Report of the Indian Hemp Drugs Commission, 1894-1895 - Volume V
Year: 1894
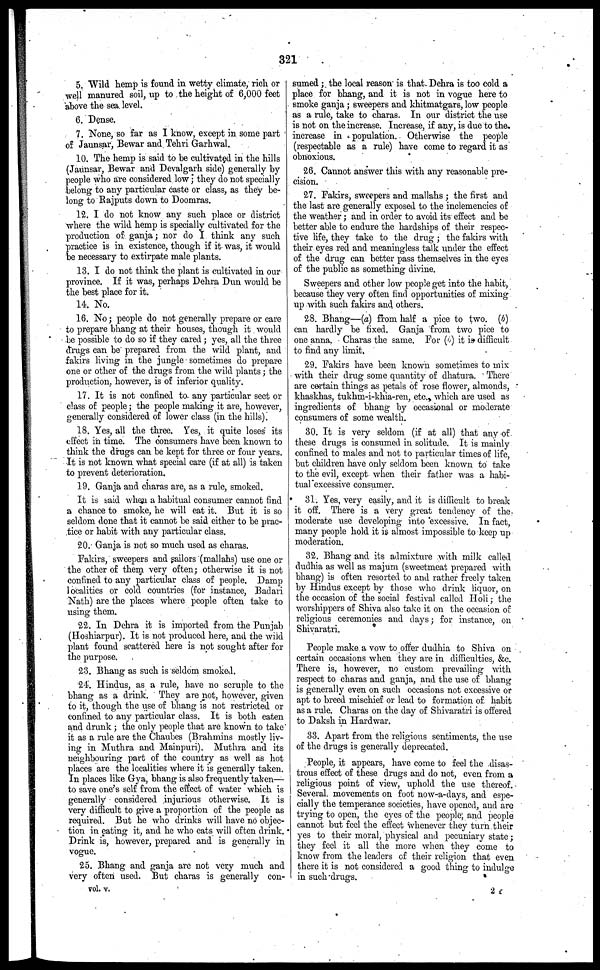
321
5. Wild hemp is found in wetty climate, rich or
well manured soil, up to the height of 6,000 feet
above the sea level.
6. Dense.
7. None, so far as I know, except in some part
of Jaunsar, Bewar and Tehri Garhwal.
10. The hemp is said to be cultivated in the hills
(Jaunsar, Bewar and Devalgarh side) generally by
people who are considered low; they do not specially
belong to any particular caste or class, as they be-
long to Rajputs down to Doomras.
12. I do not know any such place or district
where the wild hemp is specially cultivated for the
production of ganja; nor do I think any such
practice is in existence, though if it was, it would
be necessary to extirpate male plants.
13. I do not think the plant is cultivated in our
province. If it was, perhaps Dehra Dun would be
the best place for it.
14. No.
16. No; people do not generally prepare or care
to prepare bhang at their houses, though it would
be possible to do so if they cared; yes, all the three
drugs can be prepared from the wild plant, and
fakirs living in the jungle sometimes do prepare
one or other of the drugs from the wild plants; the
production, however, is of inferior quality.
17. It is not confined to. any particular sect or
class of people; the people making it are, however,
generally considered of lower class (in the hills).
18. Yes, all the three. Yes, it quite loses its
effect in time. The consumers have been known to
think the drugs can be kept for three or four years.
It is not known what special care (if at all) is taken
to prevent deterioration.
19. Ganja and charas are, as a rule, smoked.
It is said when a habitual consumer cannot find
a chance to smoke, he will eat it. But it is so
seldom done that it cannot be said either to be prac-
tice or habit with any particular class.
20. Ganja is not so much used as charas.
Fakirs, sweepers and sailors (mallahs) use one or
the other of them very often; otherwise it is not
confined to any particular class of people. Damp
localities or cold countries (for instance, Badari
Nath) are the places where people often take to
using them.
22. In Dehra it is imported from the Punjab
(Hoshiarpur). It is not produced here, and the wild
plant found scattered here is not sought after for
the purpose.
23. Bhang as such is seldom smoked.
24. Hindus, as a rule, have no scruple to the
bhang as a drink. They are not, however, given
to it, though the use of bhang is not restricted or
confined to any particular class. It is both eaten
and drunk; the only people that are known to take
it as a rule are the Chaubes (Brahmins mostly liv-
ing in Muthra and Mainpuri). Muthra and its
neighbouring part of the country as well as hot
places are the localities where it is generally taken.
In places like Gya, bhang is also frequently taken—
to save one's self from the effect of water which is
generally considered injurious otherwise. It is
very difficult to give a proportion of the people as
required. But he who drinks will have no objec-
tion in eating it, and he who eats will often drink.
Drink is, however, prepared and is generally in
vogue.
25. Bhang and ganja are not very much and
very often used. But charas is generally con-
sumed; the local reason is that. Dehra is too cold a
place for bhang, and it is not in vogue here to
smoke ganja; sweepers and khitmatgars, low people
as a rule, take to charas. In our district the use
is not on the increase. Increase, if any, is due to the.
increase in population. Otherwise the people
(respectable as a rule) have come to regard it as
obnoxious.
26. Cannot answer this with any reasonable pre-
cision.
27. Fakirs, sweepers and mallahs; the first and
the last are generally exposed to the inclemencies of
the weather; and in order to avoid its effect and be
better able to endure the hardships of their respec-
tive life, they take to the drug; the fakirs with
their eyes red and meaningless talk under the effect
of the drug can better pass themselves in the eyes
of the public as something divine.
Sweepers and other low people get into the habit,
because they very often find opportunities of mixing
up with such fakirs and others.
28. Bhang—(a) from half a pice to two. (b)
can hardly be fixed. Ganja from two pice to
one anna. Charas the same. For (b) it is difficult
to find any limit.
29. Fakirs have been known sometimes to mix
with their drug some quantity of dhatura. There
are certain things as petals of rose flower, almonds,
khaskhas, tukhm-i-khia-ren, etc., which are used as
ingredients of bhang by occasional or moderate
consumers of some wealth.
30. It is very seldom (if at all) that any of
these drugs is consumed in solitude. It is mainly
confined to males and not to particular times of life,
but children have only seldom been known to take
to the evil, except when their father was a habi-
tual excessive consumer.
31. Yes, very easily, and it is difficult to break
it off. There is a very great tendency of the
moderate use developing into excessive. In fact,
many people hold it is almost impossible to keep up
moderation.
32. Bhang and its admixture with milk called
dudhia as well as majum (sweetmeat prepared with
bhang) is often resorted to and rather freely taken
by Hindus except by those who drink liquor, on
the occasion of the social festival called Holi; the
worshippers of Shiva also take it on the occasion of
religious ceremonies and days; for instance, on
Shivaratri.
People make a vow to offer dudhia to Shiva on
certain occasions when they arc in difficulties, &c.
There is, however, no custom prevailing with
respect to charas and ganja, and the use of bhang
is generally even on such occasions not excessive or
apt to breed mischief or lead to formation of habit
as a rule. Charas on the day of Shivaratri is offered
to Daksh in Hardwar.
33. Apart from the religious sentiments, the use
of the drugs is generally deprecated.
People, it appears, have come to feel the disas-
trous effect of these drugs and do not, even from a
religious point of view, uphold the use thereof.
Several movements on foot now-a-days, and espe-
cially the temperance societies, have opened, and are
trying to open, the eyes of the people, and people
cannot but feel the effect whenever they turn their
yes to their moral, physical and pecuniary state;
they feel it all the more when they come to
know from the leaders of their religion that even
there it is not considered a good thing to indulge
in such drugs.
vol. v.
2 X